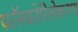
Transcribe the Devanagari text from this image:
फॉस्फोरिलेकरण